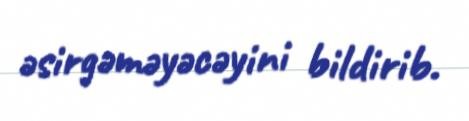
əsirgəməyəcəyini bildirib.